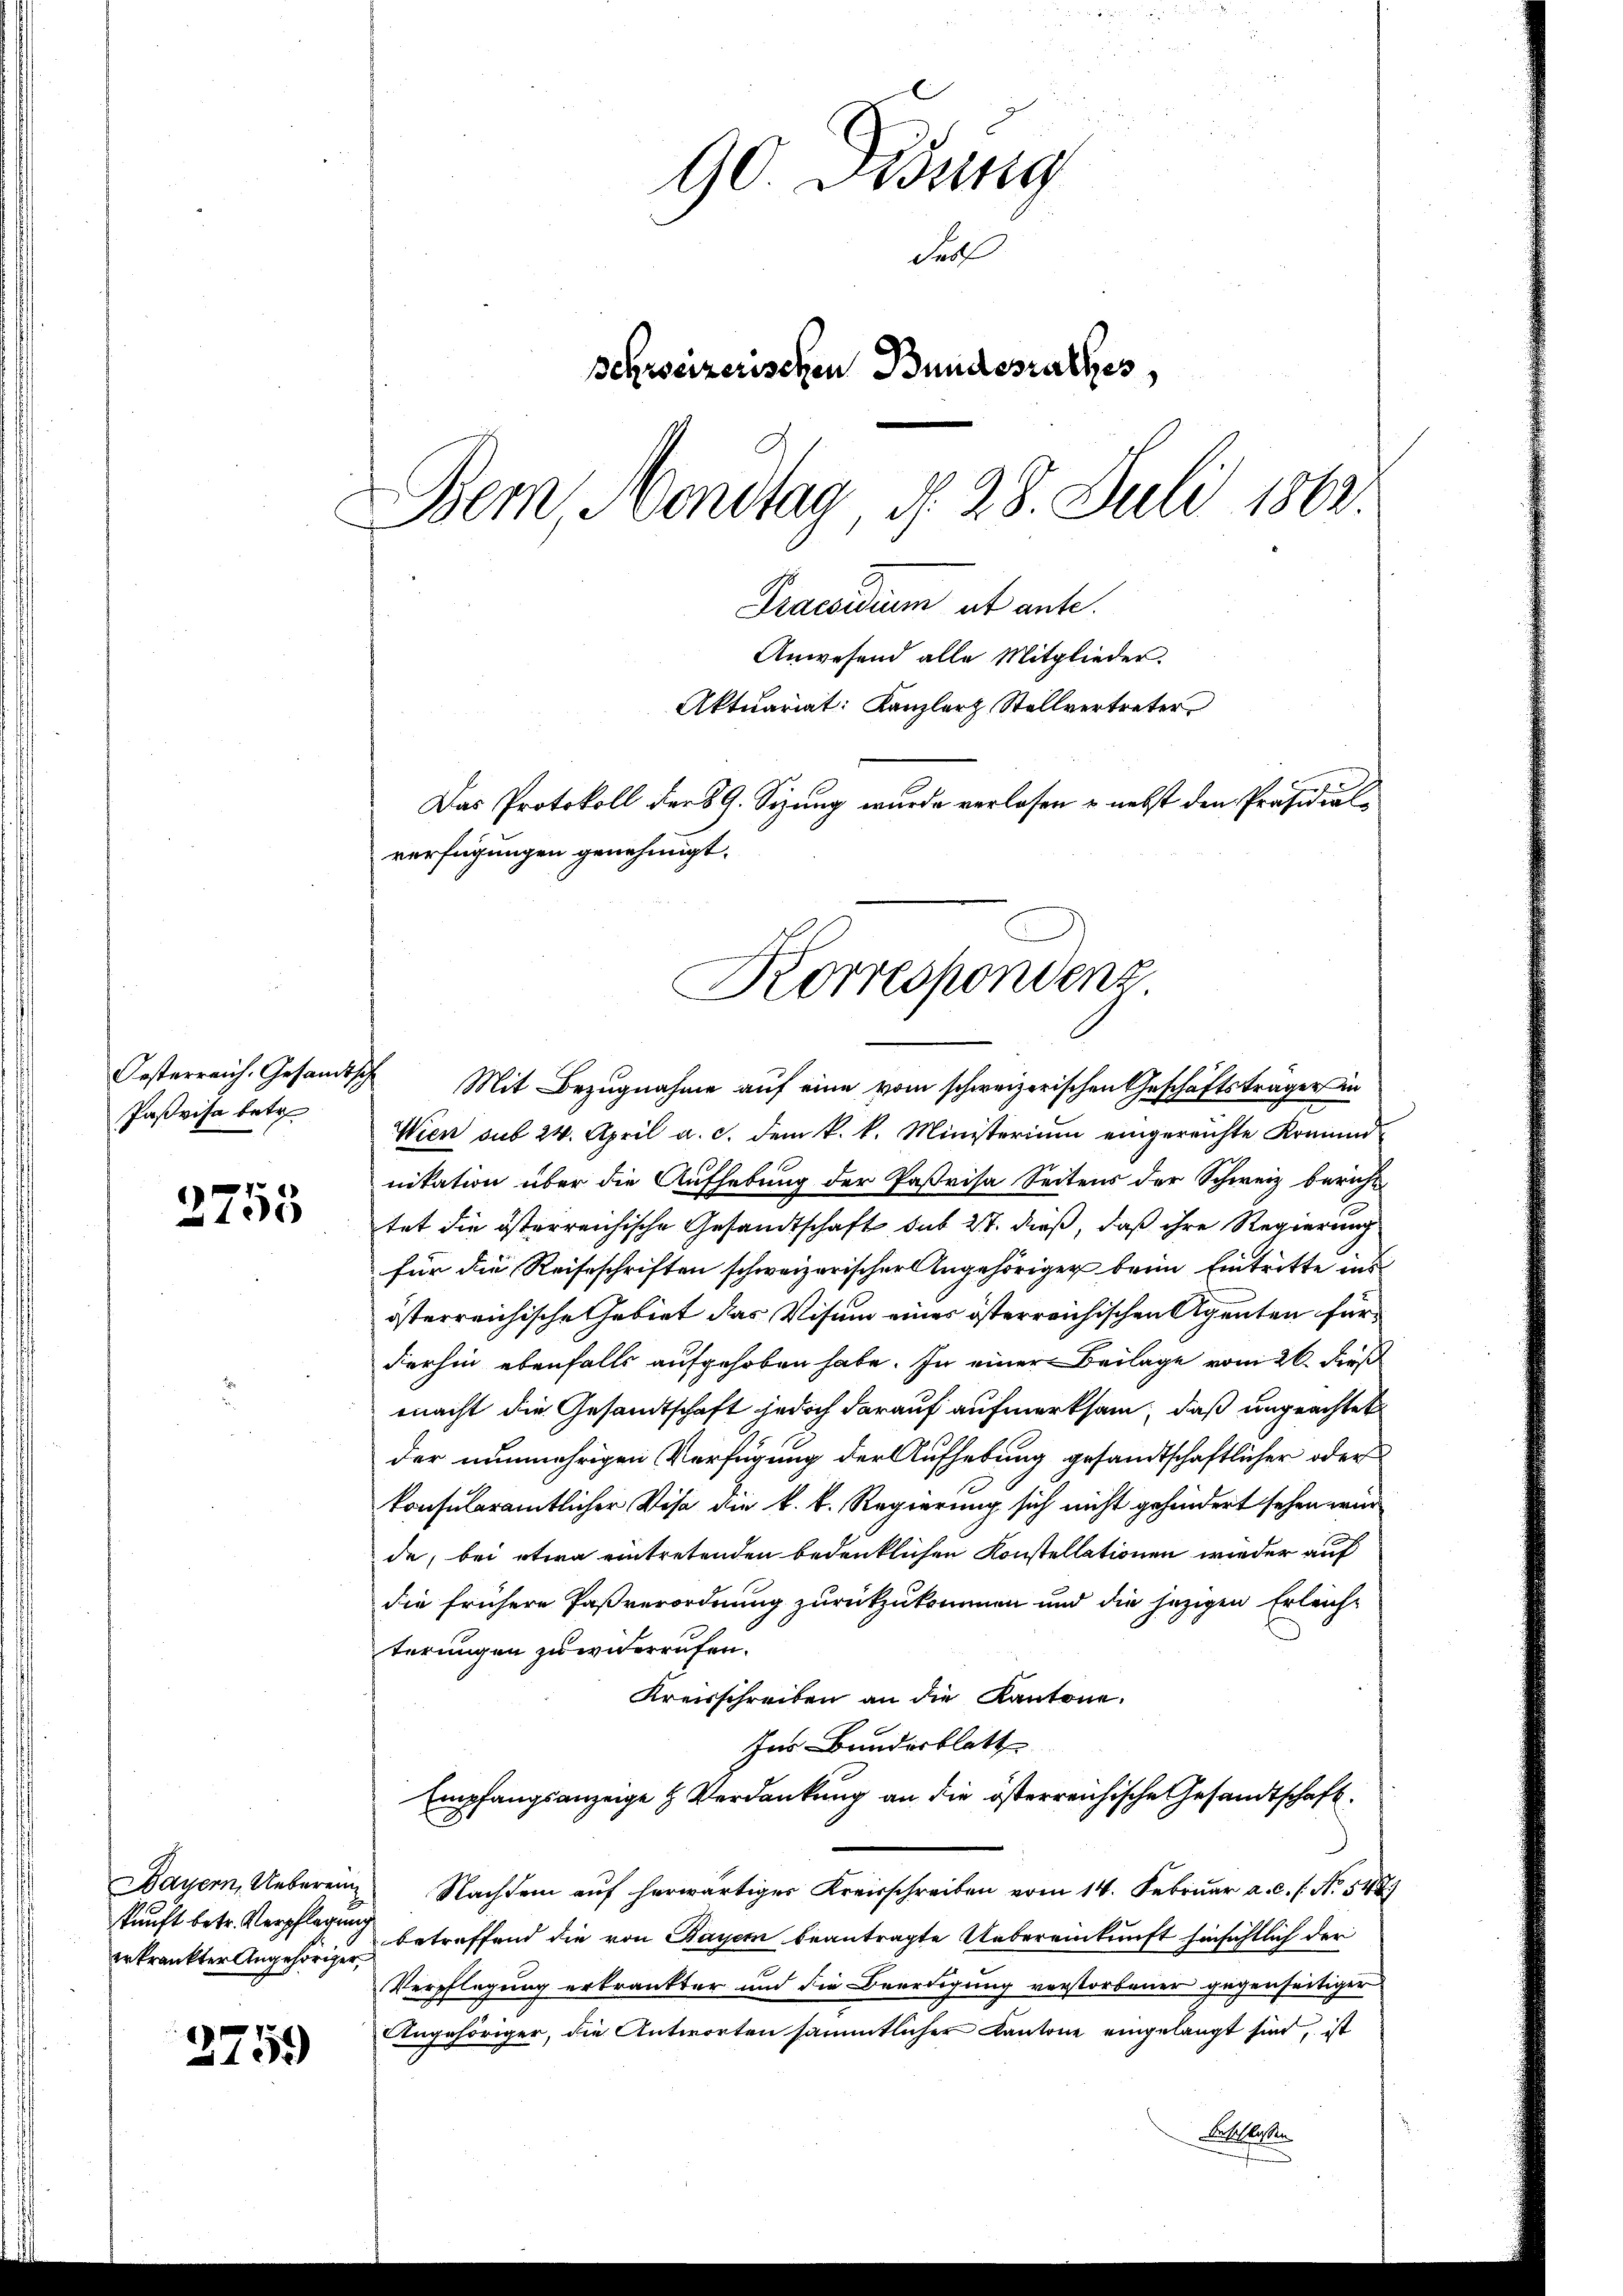
Oesterreich. Gesandtsch
Paßvisa betr

2753

Bauern, Ueberein
kunft betr. Verpflegung
erkrankter Angehöriger.

2759

90 Didung
Feil
Schreizerischen Bundesrathes,
Bem Mondtag, d. 28. Juli 1863.
Praesidium et ante.
Anwesend alle Mitglieder.
Aktuariat: Kanzlerz Stellvertreter
Das Protokoll der § 9. Sizung wurde verlassen & nebst den Präsidialverfügungen genehmigt.

Korrespondenz

Mit Bezugnahme auf eine vom schweizerischen Geschäftsträger in
Wien sub 24. April a. c. dem k. k. Ministerium eingereichte Komund-
nikation über die Aufhebung der Paßvisa Seitens der Schweiz beruht
tet die österreichische Gesandtschaft sub 27. dieß, daß ihre Regierung
für die Reiseschriften schweizerischer Angehöriger beim Eintritte ins
österreichische Gebiet das Visum eines österreichischen Agenten für
derhin ebenfalls aufgehoben habe. In einer Beilage vom 26. dieß
macht die Gesandtschaft jedoch darauf aufmerksam, daß ungeachtet
der nunmehrigen Verfügung der Aufhebung gesandtschaftlicher oder
konsuleramtlicher Visa die k. k. Regierung sich nicht gehindert sehen wir
de, bei etwa eintretenden bedenklichen Konstellationen wieder auf
die frühere Paßverordnung zurückzukommen und die jezigen Erleichterungen zuwiderrufen.
Kreisschreiben an die Kantone.
Ins Bundesblatt
Empfangsanzeige & Verdankung an die österreichische Gesandtschaft
Nachdem auf herwärtiger Kreisschreiben vom 14. Februar a. c. f. No. 548.
betreffend die von Bayern beantragte Uebereinkunft hinsichtlich der
Verpflegung erkränkter und die Beerdigung verstorbener gegenseitiger
Angehöriger, die Antworten sämmtlicher Kantone eingelangt sind, ist
Lettkosten